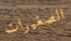
الصغيرات